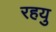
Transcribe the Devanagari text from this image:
रहयु